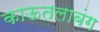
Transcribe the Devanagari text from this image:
काऊतलाबंग